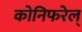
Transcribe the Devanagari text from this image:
कोनिफरेल्